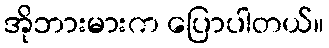
အိုဘားမားက ပြောပါတယ်။